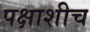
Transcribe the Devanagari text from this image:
पक्षाशीच